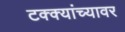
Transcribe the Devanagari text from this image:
टक्‍क्‍यांच्यावर